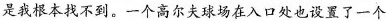
是我根本找不到。一个高尔失球场在入口处也设置了一个